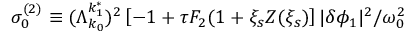
\sigma _ { 0 } ^ { ( 2 ) } \equiv ( \Lambda _ { k _ { 0 } } ^ { k _ { 1 } ^ { * } } ) ^ { 2 } \left[ - 1 + \tau F _ { 2 } ( 1 + \xi _ { s } Z ( \xi _ { s } ) \right] \lvert \delta \phi _ { 1 } \rvert ^ { 2 } / \omega _ { 0 } ^ { 2 }